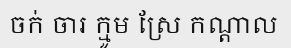
ចក់ ចារ ក្មូម ស្រែ កណ្តាល